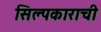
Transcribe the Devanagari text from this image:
सिल्पकाराची